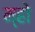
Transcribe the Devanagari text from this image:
म्हो